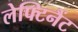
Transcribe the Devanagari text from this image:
लेफ्टिनैंट